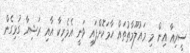
ސީރިއާ އިން މި މައުލޫމާތުތައް ހާމަކޮށްފައި ވަނީ އެމެރިކާ އާއި ރަޝިޔާ ގުޅިގެން